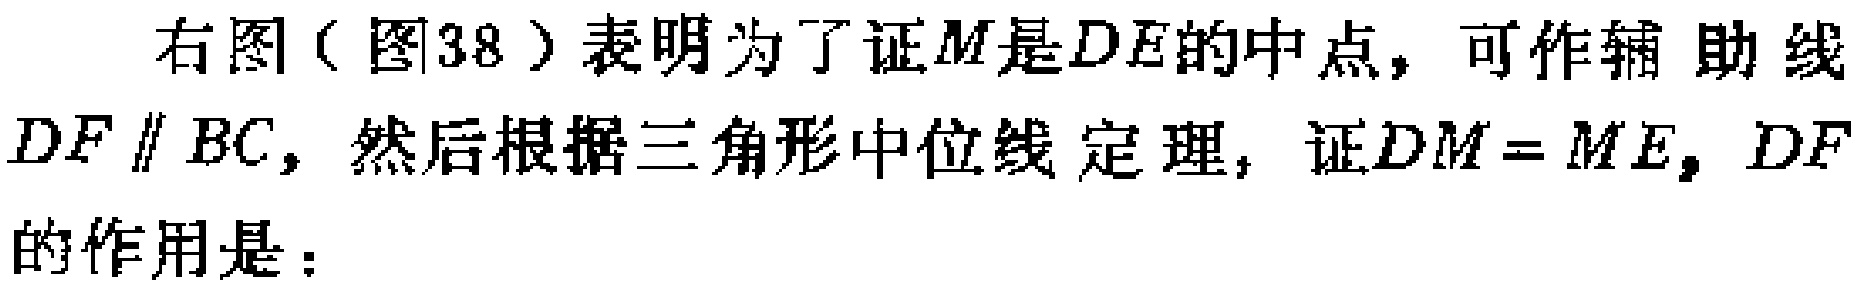
右图（图38）表明为了证\(M\)是\(DE\)的中点，可作辅助线\(DF \parallel BC\)，然后根据三角形中位线定理，证\(DM = ME\)，\(DF\)的作用是：